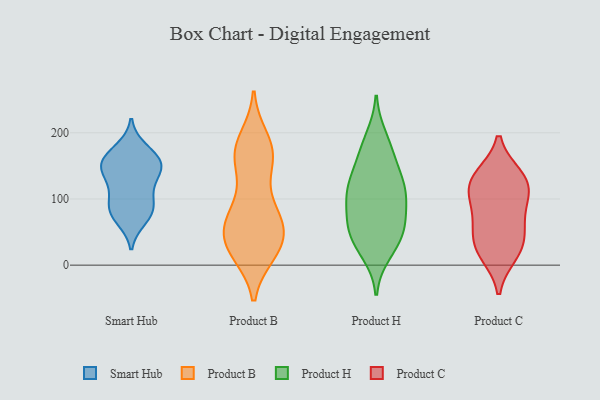
{"axis": {"x": "Latency (ms)", "y": "Value"}, "legend": ["Product B", "Product C", "Product H", "Smart Hub"], "data": [{"x": "", "y": 83, "type": "Smart Hub"}, {"x": "", "y": 135, "type": "Smart Hub"}, {"x": "", "y": 70, "type": "Smart Hub"}, {"x": "", "y": 82, "type": "Smart Hub"}, {"x": "", "y": 153, "type": "Smart Hub"}, {"x": "", "y": 175, "type": "Smart Hub"}, {"x": "", "y": 83, "type": "Smart Hub"}, {"x": "", "y": 149, "type": "Smart Hub"}, {"x": "", "y": 154, "type": "Smart Hub"}, {"x": "", "y": 105, "type": "Smart Hub"}, {"x": "", "y": 150, "type": "Smart Hub"}, {"x": "", "y": 120, "type": "Smart Hub"}, {"x": "", "y": 164, "type": "Smart Hub"}, {"x": "", "y": 20, "type": "Product B"}, {"x": "", "y": 63, "type": "Product B"}, {"x": "", "y": 142, "type": "Product B"}, {"x": "", "y": 20, "type": "Product B"}, {"x": "", "y": 35, "type": "Product B"}, {"x": "", "y": 34, "type": "Product B"}, {"x": "", "y": 48, "type": "Product B"}, {"x": "", "y": 69, "type": "Product B"}, {"x": "", "y": 19, "type": "Product B"}, {"x": "", "y": 29, "type": "Product B"}, {"x": "", "y": 163, "type": "Product B"}, {"x": "", "y": 94, "type": "Product B"}, {"x": "", "y": 166, "type": "Product B"}, {"x": "", "y": 172, "type": "Product B"}, {"x": "", "y": 64, "type": "Product B"}, {"x": "", "y": 69, "type": "Product B"}, {"x": "", "y": 181, "type": "Product B"}, {"x": "", "y": 190, "type": "Product B"}, {"x": "", "y": 80, "type": "Product B"}, {"x": "", "y": 165, "type": "Product B"}, {"x": "", "y": 41, "type": "Product H"}, {"x": "", "y": 68, "type": "Product H"}, {"x": "", "y": 76, "type": "Product H"}, {"x": "", "y": 127, "type": "Product H"}, {"x": "", "y": 174, "type": "Product H"}, {"x": "", "y": 98, "type": "Product H"}, {"x": "", "y": 109, "type": "Product H"}, {"x": "", "y": 33, "type": "Product H"}, {"x": "", "y": 52, "type": "Product H"}, {"x": "", "y": 54, "type": "Product H"}, {"x": "", "y": 167, "type": "Product H"}, {"x": "", "y": 111, "type": "Product H"}, {"x": "", "y": 19, "type": "Product H"}, {"x": "", "y": 134, "type": "Product H"}, {"x": "", "y": 116, "type": "Product H"}, {"x": "", "y": 192, "type": "Product H"}, {"x": "", "y": 127, "type": "Product C"}, {"x": "", "y": 17, "type": "Product C"}, {"x": "", "y": 28, "type": "Product C"}, {"x": "", "y": 106, "type": "Product C"}, {"x": "", "y": 63, "type": "Product C"}, {"x": "", "y": 130, "type": "Product C"}, {"x": "", "y": 66, "type": "Product C"}, {"x": "", "y": 104, "type": "Product C"}, {"x": "", "y": 30, "type": "Product C"}, {"x": "", "y": 134, "type": "Product C"}]}